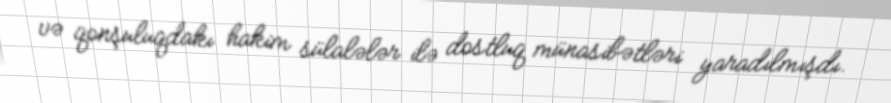
və qonşuluqdakı hakim sülalələr ilə dostluq münasibətləri yaradılmışdı.